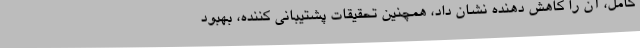
کامل، آن را کاهش دهنده نشان داد، همچنین تحقیقات پشتیبانی کننده، بهبود